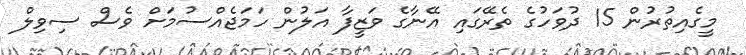
މީގެއިތުރުން 15 ދުވަހުގެ ތެރޭގައި އޭނާގެ ވަޒީފާ އަލުން ހަމަޖެއްސުމަށް ވެސް ސިވިލް